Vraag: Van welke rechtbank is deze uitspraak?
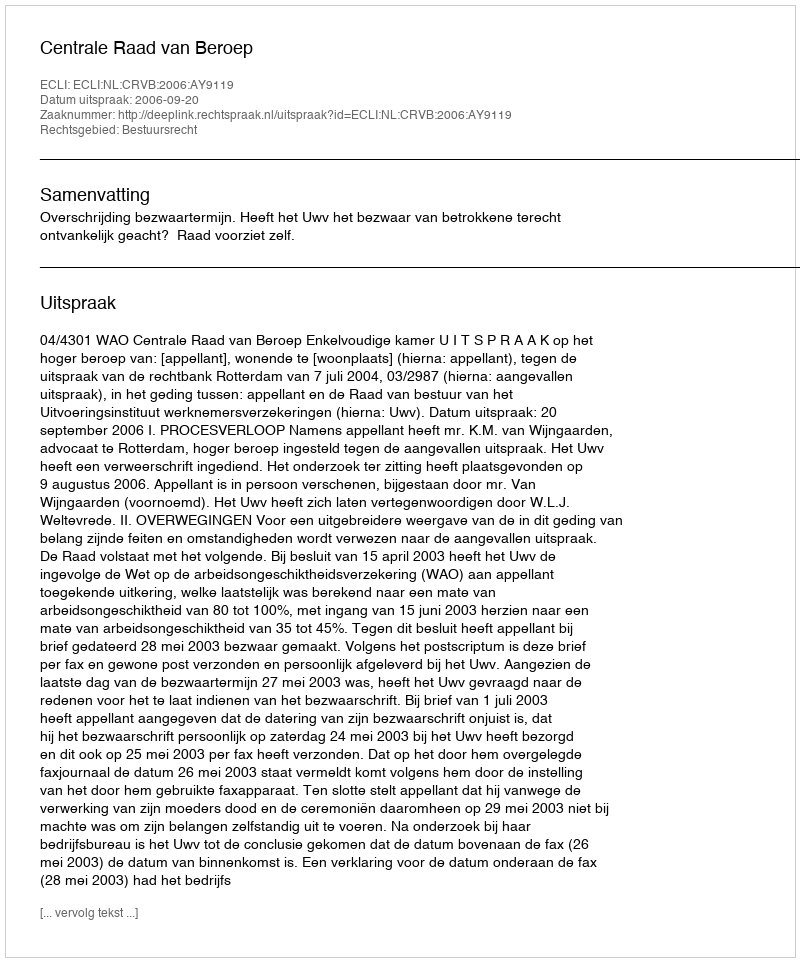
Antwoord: Centrale Raad van Beroep